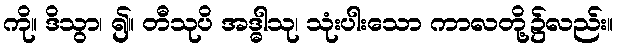
ကို။ ဒိသွာ၊ ၍။ တီသုပိ အဒ္ဓါသု၊ သုံးပါးသော ကာလတို့၌လည်း။